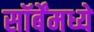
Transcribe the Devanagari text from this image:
सॉर्बेंमध्ये